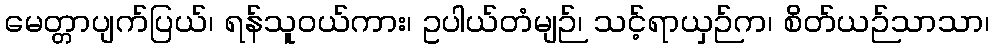
မေတ္တာပျက်ပြယ်၊ ရန်သူဝယ်ကား၊ ဥပါယ်တံမျဉ်၊ သင့်ရာယှဉ်က၊ စိတ်ယဉ်သာသာ၊